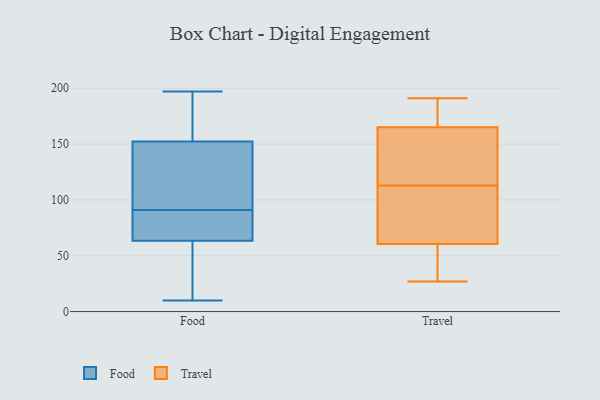
{"axis": {"x": "Churn Rate (%)", "y": "Value"}, "legend": ["Food", "Travel"], "data": [{"x": "", "y": 173, "type": "Food"}, {"x": "", "y": 178, "type": "Food"}, {"x": "", "y": 197, "type": "Food"}, {"x": "", "y": 151, "type": "Food"}, {"x": "", "y": 77, "type": "Food"}, {"x": "", "y": 152, "type": "Food"}, {"x": "", "y": 80, "type": "Food"}, {"x": "", "y": 35, "type": "Food"}, {"x": "", "y": 91, "type": "Food"}, {"x": "", "y": 133, "type": "Food"}, {"x": "", "y": 65, "type": "Food"}, {"x": "", "y": 153, "type": "Food"}, {"x": "", "y": 10, "type": "Food"}, {"x": "", "y": 152, "type": "Food"}, {"x": "", "y": 64, "type": "Food"}, {"x": "", "y": 13, "type": "Food"}, {"x": "", "y": 62, "type": "Food"}, {"x": "", "y": 182, "type": "Travel"}, {"x": "", "y": 32, "type": "Travel"}, {"x": "", "y": 109, "type": "Travel"}, {"x": "", "y": 117, "type": "Travel"}, {"x": "", "y": 75, "type": "Travel"}, {"x": "", "y": 135, "type": "Travel"}, {"x": "", "y": 87, "type": "Travel"}, {"x": "", "y": 117, "type": "Travel"}, {"x": "", "y": 178, "type": "Travel"}, {"x": "", "y": 46, "type": "Travel"}, {"x": "", "y": 27, "type": "Travel"}, {"x": "", "y": 41, "type": "Travel"}, {"x": "", "y": 157, "type": "Travel"}, {"x": "", "y": 173, "type": "Travel"}, {"x": "", "y": 80, "type": "Travel"}, {"x": "", "y": 191, "type": "Travel"}]}